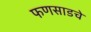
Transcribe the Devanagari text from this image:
फणसाडचे